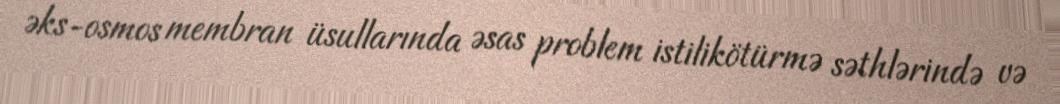
əks-osmos membran üsullarında əsas problem istilikötürmə səthlərində və